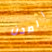
الصحن